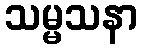
သမ္မသနာ